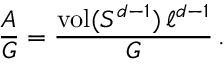
\frac { A } { G } = \frac { \mathrm { v o l } ( S ^ { d - 1 } ) \, \ell ^ { d - 1 } } { G } \, .